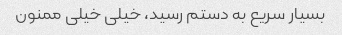
بسیار سریع به دستم رسید، خیلی خیلی ممنون